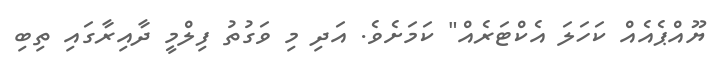
ޔޫއްޕެއެއް ކަހަލަ އެކްޓަރެއް" ކަމަށެވެ. އަދި މި ވަގުތު ފިލްމީ ދާއިރާގައި ތިބި